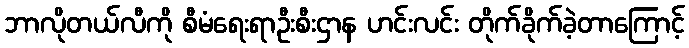
ဘာလိုတယ်လီကို စီမံရေးရာဦးစီးဌာန ဟင်းလင်း တိုက်ခိုက်ခဲ့တာကြောင့်